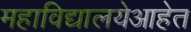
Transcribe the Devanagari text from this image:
महाविद्यालयेआहेत